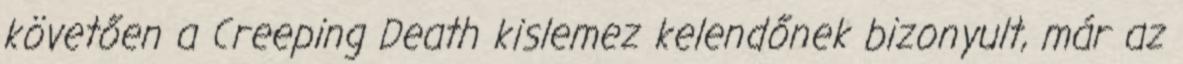
követően a Creeping Death kislemez kelendőnek bizonyult, már az